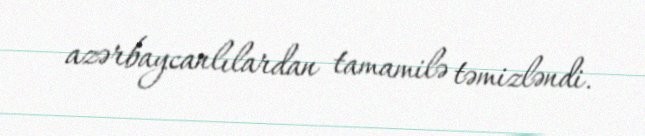
azərbaycanlılardan tamamilə təmizləndi.